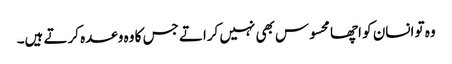
وہ تو انسان کو اچھا محسوس بھی نہیں کراتے جس کا وہ وعدہ کرتے ہیں۔